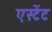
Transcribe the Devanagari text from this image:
एस्टेंट